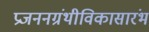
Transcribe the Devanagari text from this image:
प्रजननग्रंथीविकासारंभ